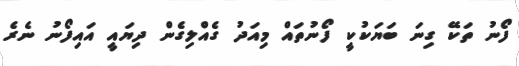
ފޯނު ތަކޭ ގިނަ ބަޔަކުކީ ފޯނުތައް މިއަދު ގެއްލިގެން ދިޔައީ އައިފޯނު ނެރެ